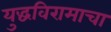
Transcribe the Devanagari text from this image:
युद्धविरामाचा